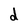
Character: d